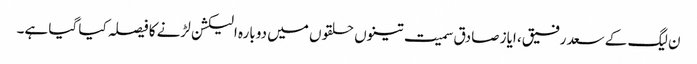
ن لیگ کے سعد رفیق، ایاز صادق سمیت تینوں حلقوں میں دوبارہ الیکشن لڑنے کا فیصلہ کیا گیا ہے۔